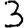
Digit: 3